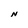
Character: N